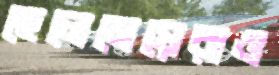
ছেলেমেয়েরাও